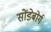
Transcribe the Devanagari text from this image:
सोंडेबोर्ग